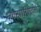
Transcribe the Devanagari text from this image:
नगरपरिषदेचा